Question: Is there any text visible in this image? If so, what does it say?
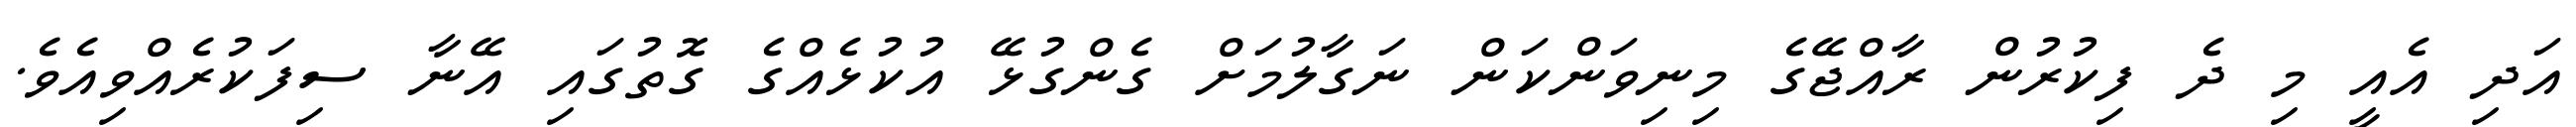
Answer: އަދި އެއީ މި ދެ ފިކުރުން ރާއްޖޭގެ މިނިވަންކަން ނަގާލުމަށް ގެންގުޅޭ އުކުޅެއްގެ ގޮތުގައި އޭނާ ސިފަކުރެއްވިއެވެ.